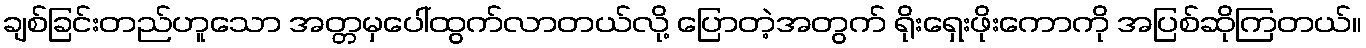
ချစ်ခြင်းတည်ဟူသော အတ္တမှပေါ်ထွက်လာတယ်လို့ ပြောတဲ့အတွက် ရိုးရှေးဖိုးကောကို အပြစ်ဆိုကြတယ်။